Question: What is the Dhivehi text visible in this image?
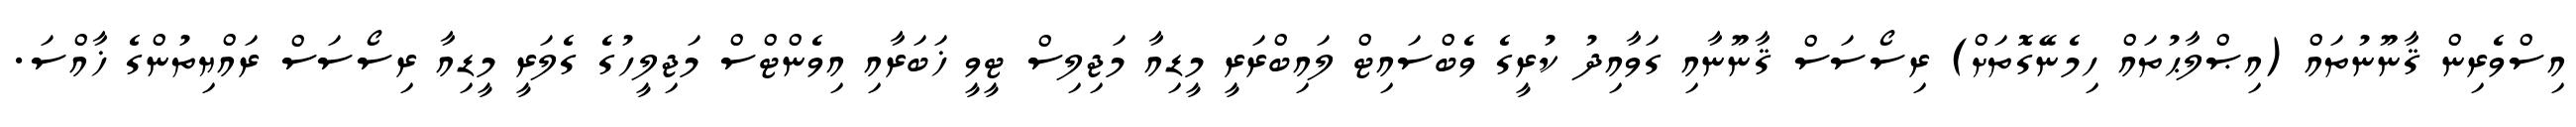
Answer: އިސްވެރިން ޤާނޫނުތައް (އިޞްލާޙުތައް ހިމެނޭގޮތަށް) ރިސޯސަސް ޤާނޫނާއި ގަވާއިދު ކުރީގެ ވެބްސައިޓް ލައިބްރަރީ މީޑިއާ މަޖިލިސް ޓީވީ ޚަބަރާއި އިވެންޓްސް މަޖިލީހުގެ ގެލަރީ މީޑިއާ ރިސޯސަސް ރައްޔިތުންގެ ޚާއްސަ.